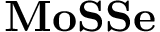
\mathbf { M o S S e }